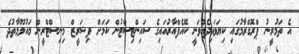
އެ ތަމުރީނު ޕްރޮގްރާމުގައި ކިޔަވައިދެއްވަނީ ކޭއެފްއާރުއައިގެ ސައިންޓިސްޓުން ކަމަށް ފިޝަރީޒް މިނިސްޓްރީން މައުލޫމާތުދެ